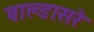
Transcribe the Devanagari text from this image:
बाल्डासरे